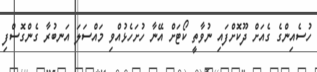
ހުސެއިންގެ ގެއަށް ދޫކޮށްފައި ނުވާތީ ކޯޓަށް އޭނާ ހުށަހެޅުއްވި މައްސަލަ އަނބުރާ ގެންގޮސްފި